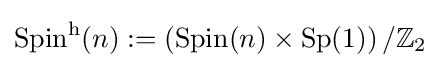
\operatorname {Spin} ^{\mathrm {h} }(n):=\left(\operatorname {Spin} (n)\times \operatorname {Sp} (1)\right)/\mathbb {Z} _{2}